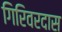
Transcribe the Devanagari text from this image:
गिरिवरदास